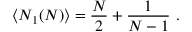
\big \langle N _ { 1 } ( N ) \big \rangle = \frac { N } { 2 } + \frac { 1 } { N - 1 } ~ .